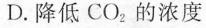
D.降低CO_{2}的浓度